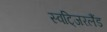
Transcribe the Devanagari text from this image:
स्वटि्जरलैंड